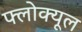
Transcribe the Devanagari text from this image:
फ्लोक्यूल